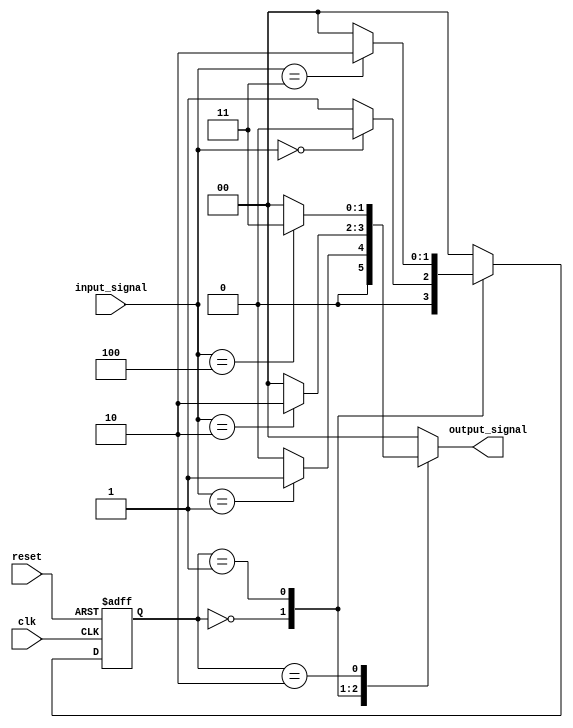
module VariableInputMealyFSM #(
    parameter STATE_WIDTH = 2,    // Number of bits for state encoding
    parameter INPUT_WIDTH = 3      // Number of bits for variable input size
)(
    input wire clk,
    input wire reset,
    input wire [INPUT_WIDTH-1:0] input_signal, // Variable input
    output reg [1:0] output_signal               // Example output signal
);

// State Encoding
localparam S0 = 2'b00;
localparam S1 = 2'b01;
localparam S2 = 2'b10;

// State Register
reg [STATE_WIDTH-1:0] current_state, next_state;

// Output Logic (Mealy Output)
always @(*) begin
    case (current_state)
        S0: begin
            output_signal = (input_signal == 3'b001) ? 1 : 0; // Output based on input in state S0
            next_state = (input_signal == 3'b000) ? S0 : S1;   // Transition logic
        end
        S1: begin
            output_signal = (input_signal == 3'b010) ? 2 : 0; // Output based on input in state S1
            next_state = (input_signal == 3'b011) ? S2 : S0;   // Transition logic
        end
        S2: begin
            output_signal = (input_signal == 3'b100) ? 3 : 0; // Output based on input in state S2
            next_state = S0;                                   // Transition logic
        end
        default: begin
            output_signal = 0;
            next_state = S0; // Reset to initial state
        end
    endcase
end

// State Transition Logic
always @(posedge clk or posedge reset) begin
    if (reset) begin
        current_state <= S0; // Initialize to state S0 on reset
    end else begin
        current_state <= next_state; // Update state on clock
    end
end

endmodule